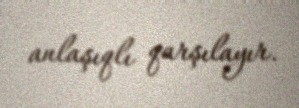
anlaşıqlı qarşılayır.